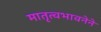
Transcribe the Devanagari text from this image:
मातृत्वभावनेने